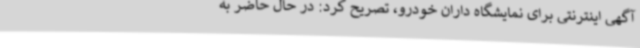
آگهی اینترنتی برای نمایشگاه داران خودرو، تصریح کرد: در حال حاضر به